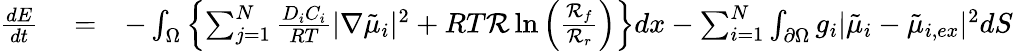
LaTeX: \begin{array}{rlr}{\frac{dE}{dt}}&{{}=}&{-\int_{\Omega}\left\{ \sum_{j=1}^{N}\frac{D_{i}C_{i}}{RT}|\nabla\tilde{\mu}_{i}|^{2}+RT\mathcal{R}\ln\left(\frac{\mathcal{R}_{f}}{\mathcal{R}_{r}}\right)\right\} dx-\sum_{i=1}^{N}\int_{\partial\Omega}g_{i}|\tilde{\mu}_{i}-\tilde{\mu}_{i,ex}|^{2}dS}\end{array}